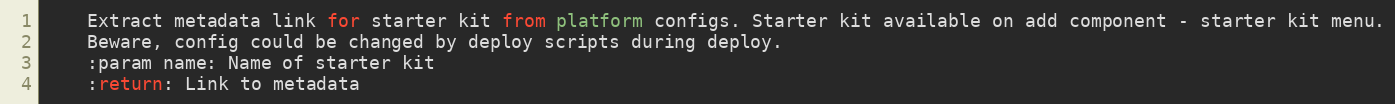
Language: Python
    Extract metadata link for starter kit from platform configs. Starter kit available on add component - starter kit menu.
    Beware, config could be changed by deploy scripts during deploy.
    :param name: Name of starter kit
    :return: Link to metadata